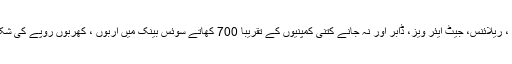
بڑی بڑی کمپنیاں ، ریلائنس، جیٹ ایئر ویز، ڈابر اور نہ جانے کتنی کمپنیوں کے تقریباً 700 کھاتے سوئس بینک میں اربوں ، کھربوں روپے کی شکل میں موجود ہیں۔